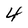
Character: 4